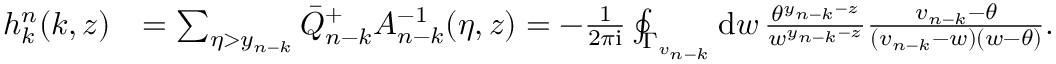
\begin{array} { r l } { h _ { k } ^ { n } ( k , z ) } & { = \textstyle \sum _ { \eta > y _ { n - k } } \bar { Q } _ { n - k } ^ { + } A _ { n - k } ^ { - 1 } ( \eta , z ) = - \frac { 1 } { 2 \pi \mathrm { i } } \oint _ { \Gamma _ { v _ { n - k } } } \mathrm { d } w \, \frac { \theta ^ { y _ { n - k } - z } } { w ^ { y _ { n - k } - z } } \frac { v _ { n - k } - \theta } { ( v _ { n - k } - w ) ( w - \theta ) } . } \end{array}